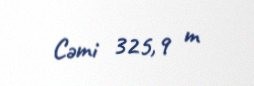
Cəmi 325,9 m